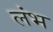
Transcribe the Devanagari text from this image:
लंभ